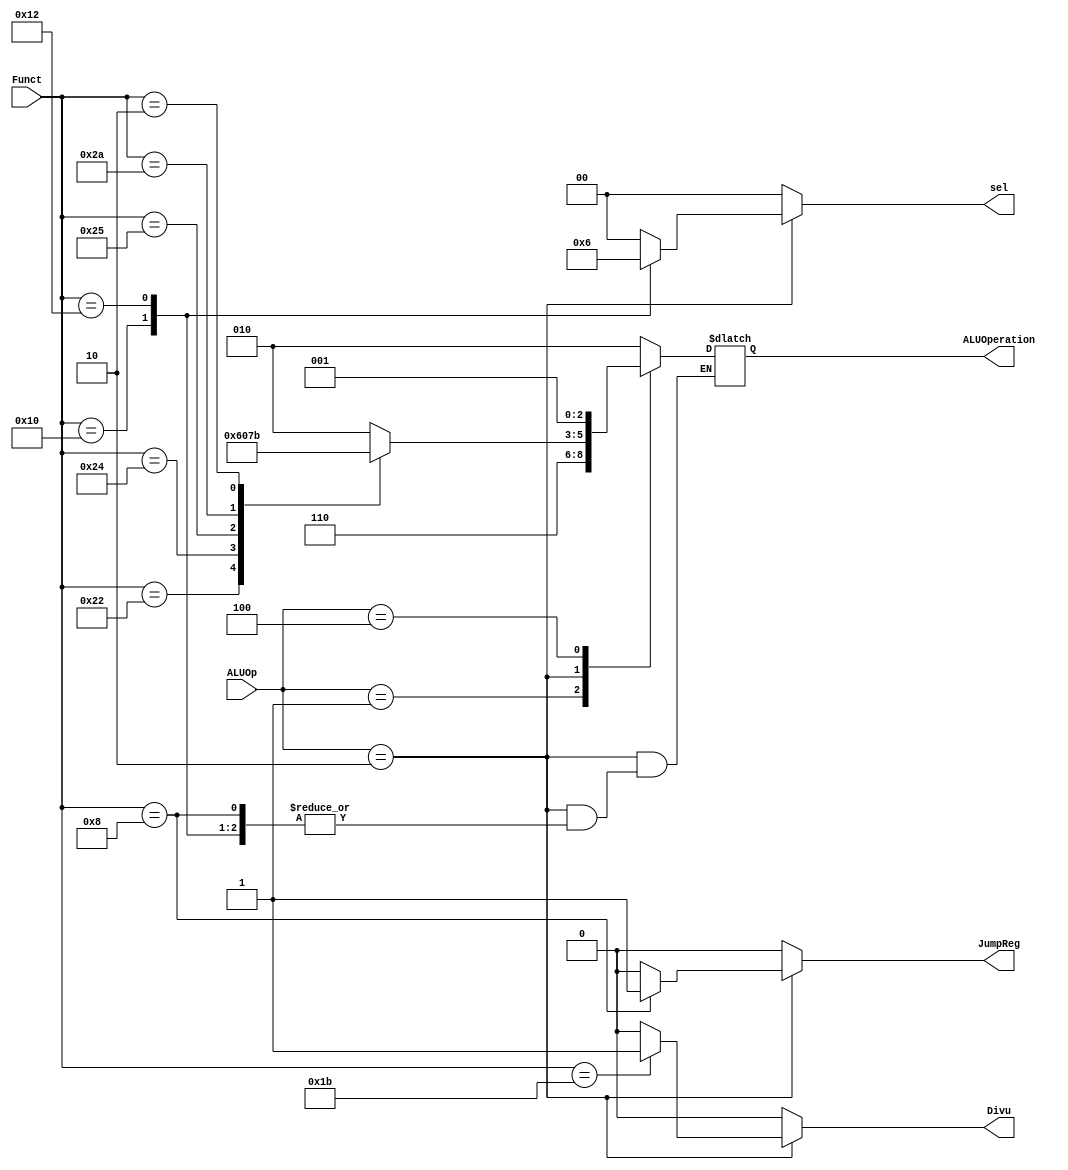
/*
	Title:	ALU Control Unit
	Author: Garfield (Computer System and Architecture Lab, ICE, CYCU)
	Input Port
		1. ALUOp: aluOn+O-OLO
		2. Funct: pGOLOho6XP_
	Output Port
		1. ALUOperation: XO
*/

module alu_ctl(ALUOp, Funct, ALUOperation, Divu, sel, JumpReg);
    input [2:0] ALUOp;
    input [5:0] Funct;
    output Divu, JumpReg;
    output [1:0] sel;
    output [2:0] ALUOperation;
    reg    Divu, JumpReg;
    reg    [1:0] sel;
    reg    [2:0] ALUOperation;

    // symbolic constants for instruction function code
    parameter F_add = 6'd32;
    parameter F_sub = 6'd34;
    parameter F_and = 6'd36;
    parameter F_or  = 6'd37;
    parameter F_slt = 6'd42;
    parameter F_srl = 6'd2;
	parameter F_divu = 6'd27;
    parameter F_mfhi = 6'd16;
    parameter F_mflo = 6'd18;
	parameter F_jr = 6'd8;

    // symbolic constants for ALU Operations
    parameter ALU_add = 3'b010;
    parameter ALU_sub = 3'b110;
    parameter ALU_and = 3'b000;
    parameter ALU_or  = 3'b001;
    parameter ALU_slt = 3'b111;
    parameter ALU_srl = 3'b011; 
    parameter ALU_divu = 3'b100; 

	
    always @(ALUOp or Funct)
    begin
	Divu = 1'b0;
	JumpReg = 1'b0;
	sel = 2'b0;
        case (ALUOp) 
            3'b000 : ALUOperation = ALU_add;
            3'b001 : ALUOperation = ALU_sub;
            3'b010 : case (Funct) 
                        F_add : ALUOperation = ALU_add;
                        F_sub : ALUOperation = ALU_sub;
                        F_and : ALUOperation = ALU_and;
                        F_or  : ALUOperation = ALU_or;
                        F_slt : ALUOperation = ALU_slt;
						F_srl : ALUOperation = ALU_srl;
						F_divu : Divu = 1'b1;
						F_mfhi : sel = 2'b01;
						F_mflo : sel = 2'b10;
						F_jr : JumpReg = 1'b1;
                        default ALUOperation = 3'bxxx;
                    endcase
			3'b100 : ALUOperation = ALU_or;		
            default ALUOperation = 3'bxxx;
        endcase
    end
endmodule